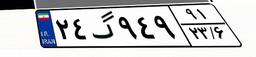
۲۴گ۹۴۹۹۱